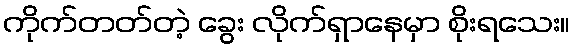
ကိုက်တတ်တဲ့ ခွေး လိုက်ရှာနေမှာ စိုးရသေး။